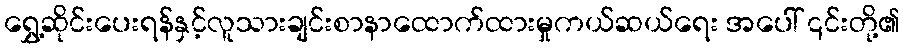
ရွှေ့ဆိုင်းပေးရန်နှင့်လူသားချင်းစာနာထောက်ထားမှုကယ်ဆယ်ရေး အပေါ် ၎င်းတို့၏